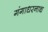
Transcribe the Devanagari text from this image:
गंगाधरनाथ